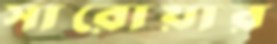
সারোয়ার